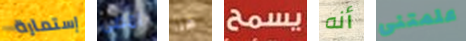
إستمارة امضى هنا يسمح أنه علمتنى